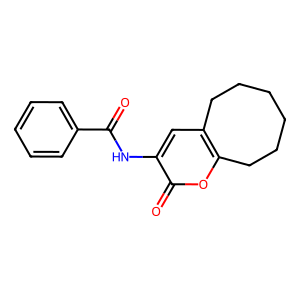
SMILES: O=C(Nc1cc2c(oc1=O)CCCCCC2)c1ccccc1
Inhibits HIV replication: No